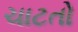
ચાટતો